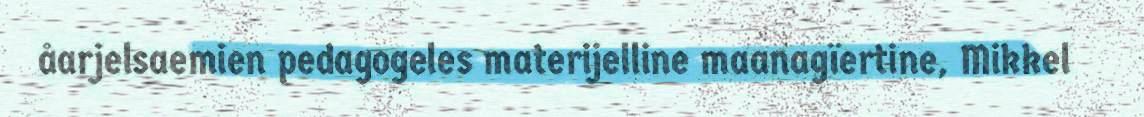
åarjelsaemien pedagogeles materijelline maanagïertine, Mikkel